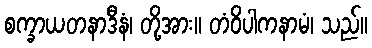
စက္ခာယတနာဒီနံ၊ တို့အား။ တံဝိပါကနာမံ၊ သည်။